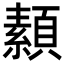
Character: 𩔥